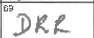
Transcription: DRR